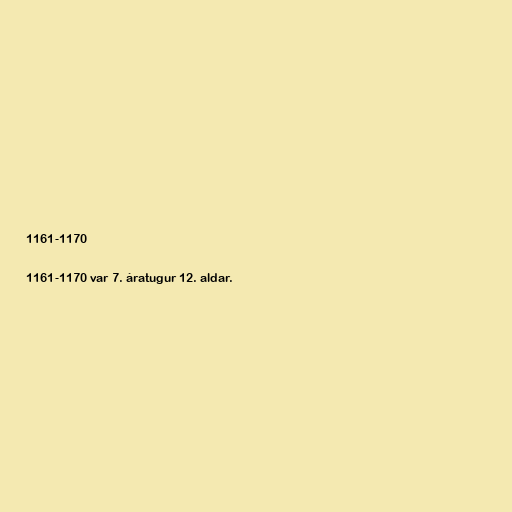
1161-1170

1161-1170 var 7. áratugur 12. aldar.